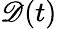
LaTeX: \mathscr{D}(t)